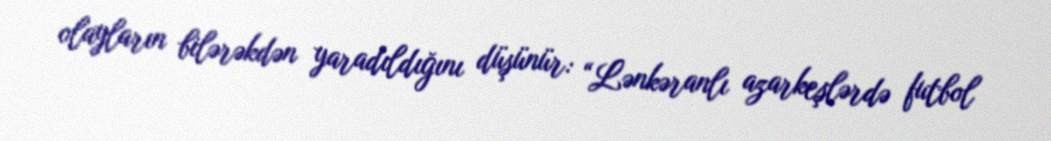
olayların bilərəkdən yaradıldığını düşünür: “Lənkəranlı azarkeşlərdə futbol